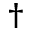
^ \dagger